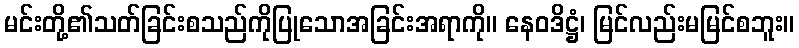
မင်းတို့၏သတ်ခြင်းစသည်ကိုပြုသောအခြင်းအရာကို။ နေဝဒိဋ္ဌံ၊ မြင်လည်းမမြင်စဘူး။